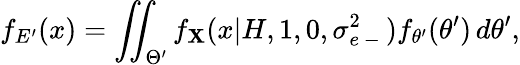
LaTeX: f_{E^{\prime}}(x)=\iint_{\Theta^{\prime}}f_{\mathbf{X}}(x|H,1,0,\sigma_{e\mathrm{{~-~}}}^{2})f_{\theta^{\prime}}(\theta^{\prime})\, d\theta^{\prime},